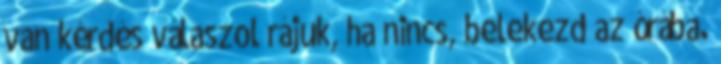
van kérdés válaszol rájuk, ha nincs, belekezd az órába.